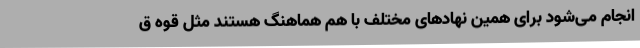
انجام می‌شود برای همین نهادهای مختلف با هم هماهنگ هستند مثل قوه ق